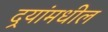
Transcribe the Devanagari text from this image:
दर्‍यांमधील